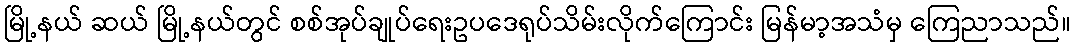
မြို့နယ် ဆယ် မြို့နယ်တွင် စစ်အုပ်ချုပ်ရေးဥပဒေရုပ်သိမ်းလိုက်ကြောင်း မြန်မာ့အသံမှ ကြေညာသည်။